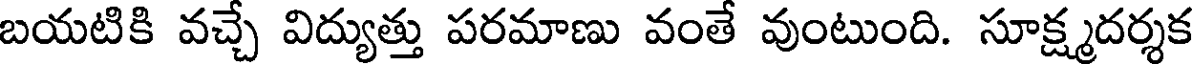
బయటికి వచ్చే విద్యుత్తు పరమాణు వంతే వుంటుంది. సూక్ష్మదర్శక